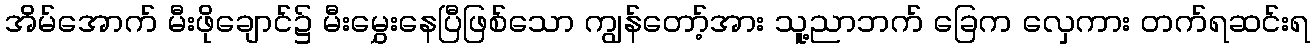
အိမ်အောက် မီးဖိုချောင်၌ မီးမွှေးနေပြီဖြစ်သော ကျွန်တော့်အား သူ့ညာဘက် ခြေက လှေကား တက်ရဆင်းရ